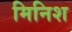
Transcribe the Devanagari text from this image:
मिनिश